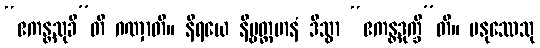
“ဧကန္တသုခီ”တိ ဂဏှာတိ။ နိရယေ နိဗ္ဗတ္တမာနံ ဒိသွာ “ဧကန္တဒုက္ခီ”တိ။ မနုဿေသု